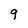
Character: 9